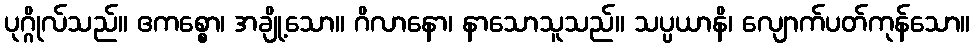
ပုဂ္ဂိုလ်သည်။ ဧကစ္စော၊ အချို့သော။ ဂိလာနော၊ နာသောသူသည်။ သပ္ပယာနိ၊ လျောက်ပတ်ကုန်သော။